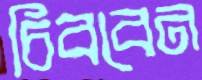
চিববেন